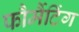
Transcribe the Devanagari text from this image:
फौर्मैटिंग